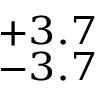
^ { + 3 . 7 } _ { - 3 . 7 }